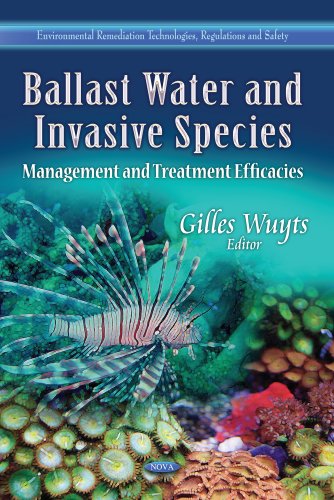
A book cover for Ballast Water and Invasive Species: Management and Treatment Efficacies (Environmental Remediation Technologies, Regulations and Safety); Science & Math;